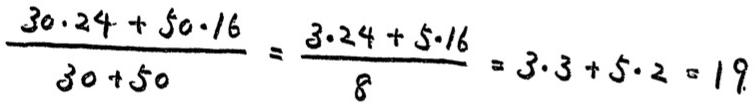
\[
\frac{30 \cdot 24 + 50 \cdot 16}{30 + 50} = \frac{3 \cdot 24 + 5 \cdot 16}{8} = 3 \cdot 3 + 5 \cdot 2 = 19
\]